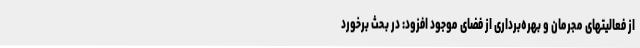
از فعالیتهای مجرمان و بهره‌برداری از فضای موجود افزود: در بحث برخورد